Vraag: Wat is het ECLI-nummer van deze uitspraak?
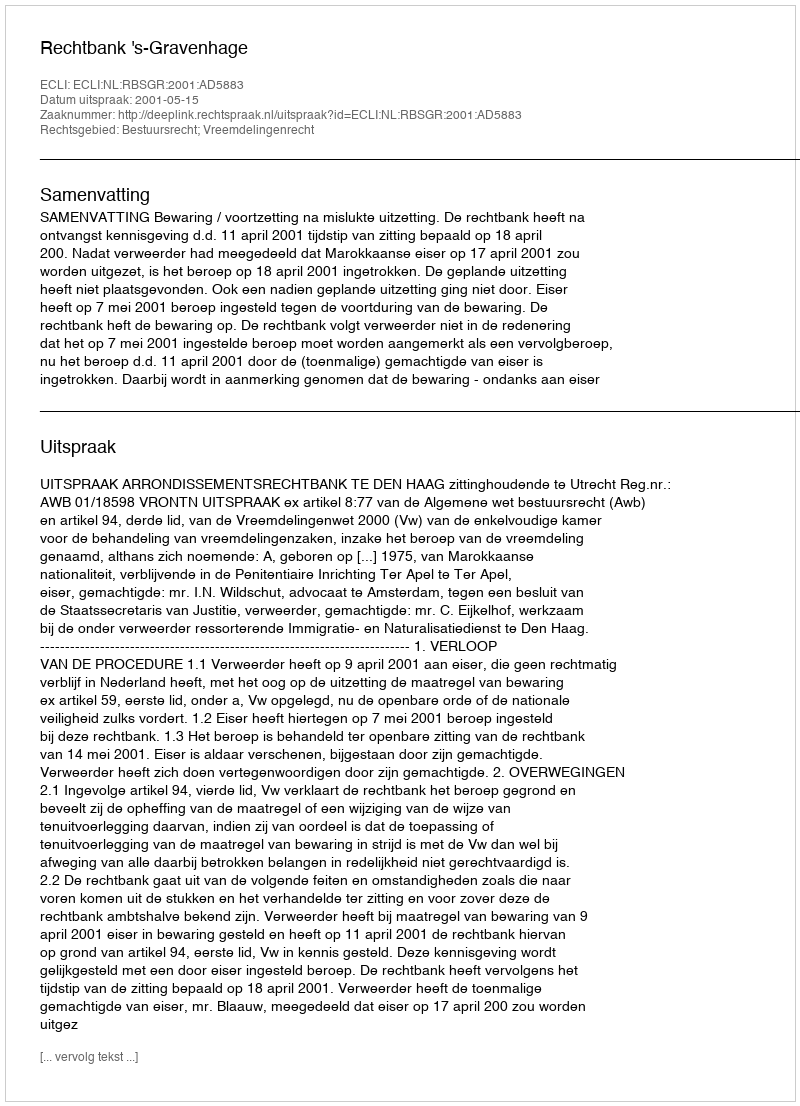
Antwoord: ECLI:NL:RBSGR:2001:AD5883